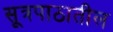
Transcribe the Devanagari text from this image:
सूत्रपाठातील